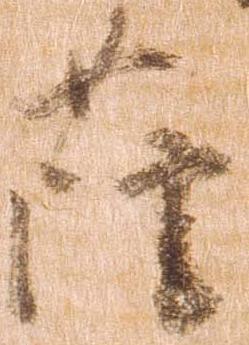
薩